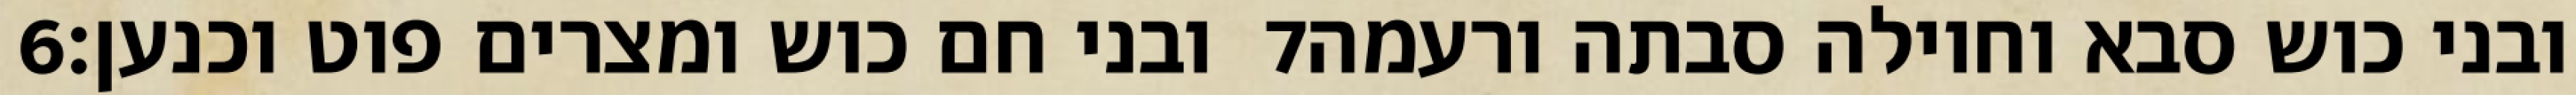
‎6‏ ובני חם כוש ומצרים פוט וכנען׃ ‎7‏ ובני כוש סבא וחוילה סבתה ורעמה